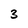
Character: 3